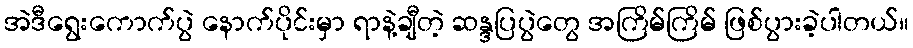
အဲဒီရွေးကောက်ပွဲ နောက်ပိုင်းမှာ ရာနဲ့ချီတဲ့ ဆန္ဒပြပွဲတွေ အကြိမ်ကြိမ် ဖြစ်ပွားခဲ့ပါတယ်။